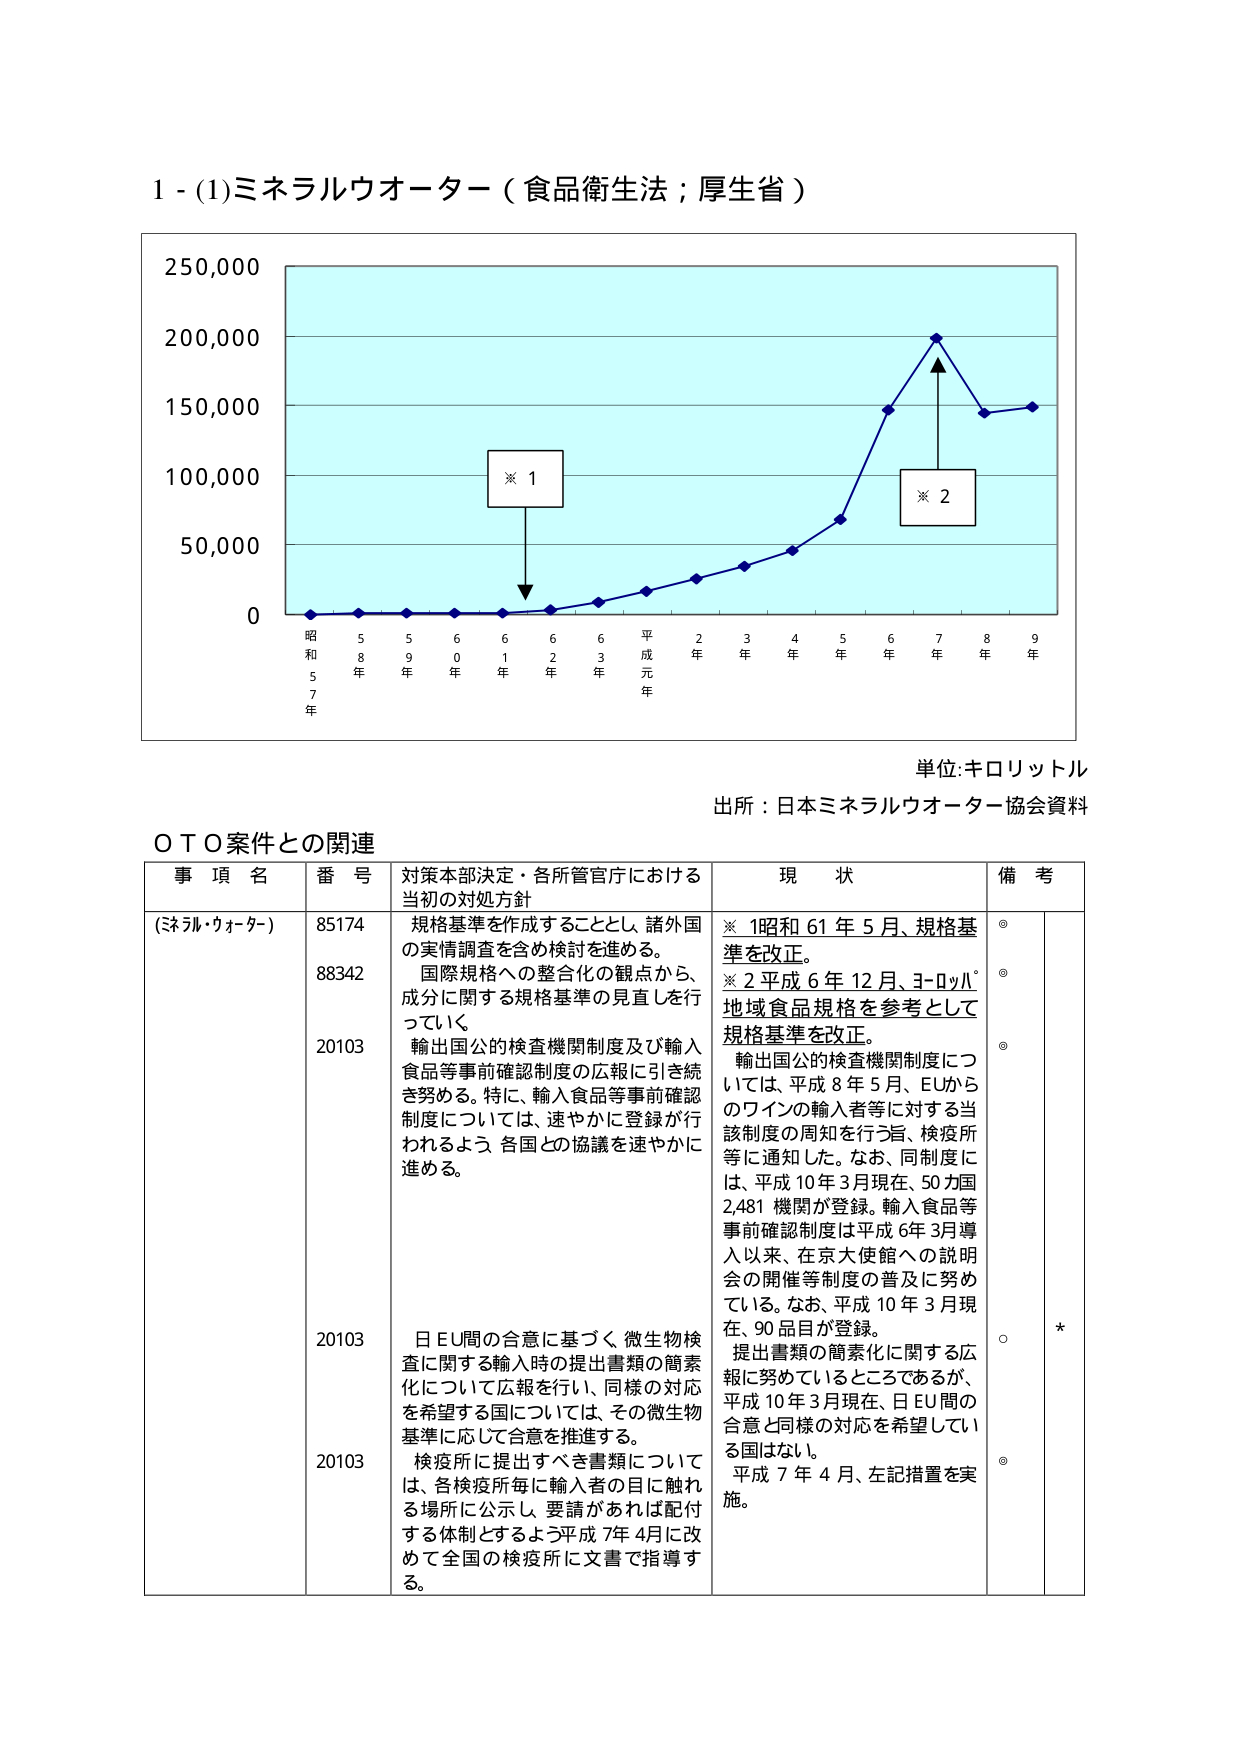
1 - (1)ミネラルウオーター（食品衛生法；厚生省）

250,000
200,000
150,000
100,000
50,000
0

※ 1
※ 2

昭和57年
昭和58年
昭和59年
昭和60年
昭和61年
平成元年
平成2年
平成3年
平成4年
平成5年
平成6年
平成7年
平成8年
平成9年

単位:キロリットル
出所：日本ミネラルウオーター協会資料

ＯＴＯ案件との関連

事項名　　　番号　　　対策本部決定・各所管官庁における当初の対処方針　　　現状　　　備考
(ミネラル・ウォーター)　85174　規格基準を作成することとし、諸外国の実情調査を含め検討を進める。　　　※ 1昭和61年5月、規格基準を改正。　　　◎
　　　　　　　　　　　88342　国際規格への整合化の観点から、成分に関する規格基準の見直しを行っていく。　　　※ 2平成6年12月、ヨーロッパ地域食品規格を参考として規格基準を改正。　　　◎
　　　　　　　　　　　20103　輸出国公的検査機関制度及び輸入食品等事前確認制度の広報に引き続き努める。特に、輸入食品等事前確認制度については、速やかに登録が行われるよう、各国との協議を速やかに進める。　　　輸出国公的検査機関制度については、平成8年5月、EUからのワインの輸入者等に対する当該制度の周知を行う旨、検疫所等に通知した。なお、同制度には、平成10年3月現在、50カ国2,481機関が登録。輸入食品等事前確認制度は平成6年3月導入以来、在京大使館への説明会の開催等制度の普及に努めている。なお、平成10年3月現在、90品目が登録。　　　◎
　　　　　　　　　　　20103　日EU間の合意に基づく、微生物検査に関する輸入時の提出書類の簡素化について広報を行い、同様の対応を希望する国については、その微生物基準に応じて合意を推進する。　　　提出書類の簡素化に関する広報に努めているところであるが、平成10年3月現在、日EU間の合意と同様の対応を希望している国はない。　　　○　*
　　　　　　　　　　　20103　検疫所に提出すべき書類については、各検疫所毎に輸入者の目に触れる場所に公示し、要請があれば配付する体制とするよう平成7年4月に改めて全国の検疫所に文書で指導する。　　　平成7年4月、左記措置を実施。　　　◎